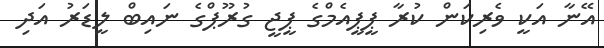
އޭނާ އަކީ ވެރިކަން ކުރާ ޕީޕީއެމްގެ ޕީޖީ ގުރޫޕްގެ ނައިބް ލީޑަރު އަދި